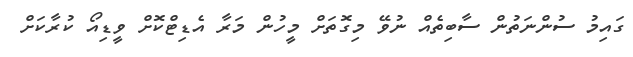
ގައިމު ސުންނަތުން ސާބިތެއް ނުވޭ މިގޮތަށް މީހުން މަރާ އެޑިޓްކޮށް ވީޑިއޯ ކުރާކަށް